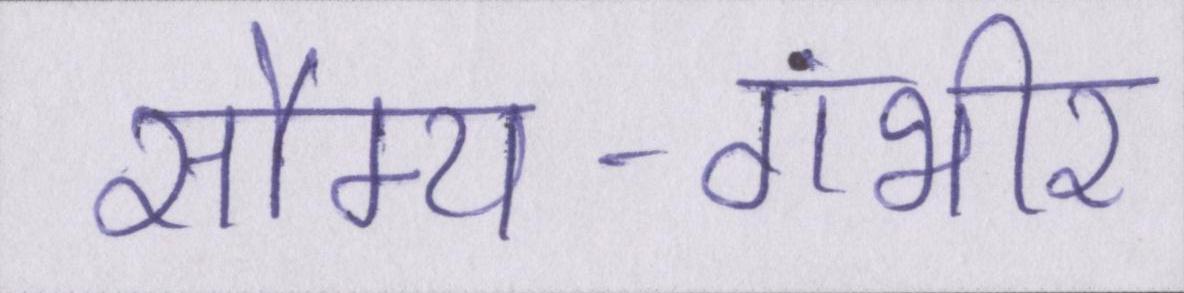
सौम्य-गंभीर